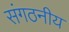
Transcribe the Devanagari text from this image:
संगठनीय